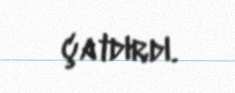
çatdırdı.